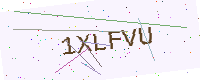
Text: 1XLFVU